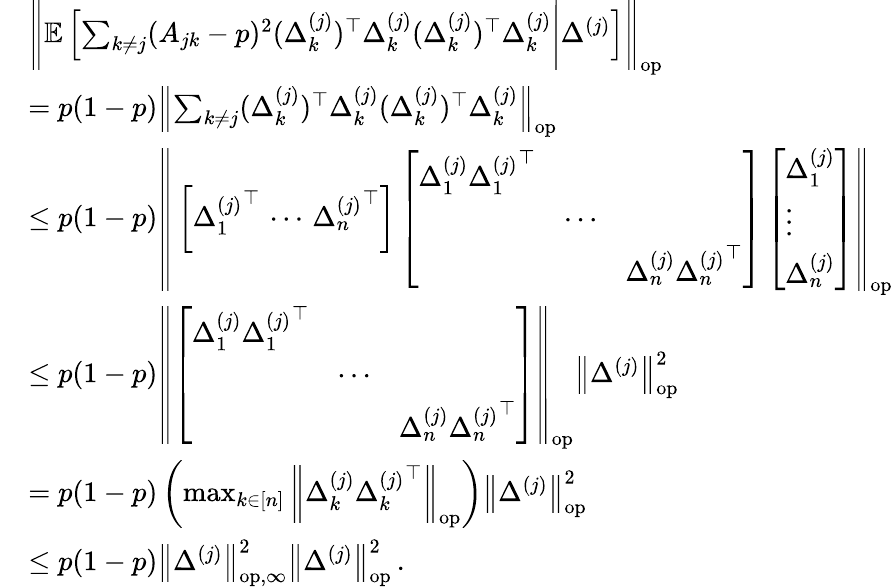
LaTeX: \begin{array}{rl}&{\left\| {\mathbb{E}\left[\sum_{k\neq j}(A_{jk}-p)^{2}(\Delta_{k}^{(j)})^{\top}\Delta_{k}^{(j)}(\Delta_{k}^{(j)})^{\top}\Delta_{k}^{(j)}\Bigg|\Delta^{(j)}\right]}\right\| _{\mathrm{op}}}\\ &{=p(1-p)\left\| {\sum_{k\neq j}(\Delta_{k}^{(j)})^{\top}\Delta_{k}^{(j)}(\Delta_{k}^{(j)})^{\top}\Delta_{k}^{(j)}}\right\| _{\mathrm{op}}}\\ &{\leq p(1-p)\left\| {\, \left[{\Delta_{1}^{(j)}}^{\top}\, \cdots\, {\Delta_{n}^{(j)}}^{\top}\right]\left[\begin{array}{lll}{{\Delta_{1}^{(j)}}{\Delta_{1}^{(j)}}^{\top}}&&\\ &{\cdots}&\\ &&{{\Delta_{n}^{(j)}}{\Delta_{n}^{(j)}}^{\top}}\end{array}\right]\left[\begin{array}{l}{\Delta_{1}^{(j)}}\\ {\vdots}\\ {\Delta_{n}^{(j)}}\end{array}\right]}\right\| _{\mathrm{op}}}\\ &{\leq p(1-p)\left\| {\left[\begin{array}{lll}{{\Delta_{1}^{(j)}}{\Delta_{1}^{(j)}}^{\top}}&&\\ &{\cdots}&\\ &&{{\Delta_{n}^{(j)}}{\Delta_{n}^{(j)}}^{\top}}\end{array}\right]}\right\| _{\mathrm{op}}\left\| {\Delta^{(j)}}\right\| _{\mathrm{op}}^{2}}\\ &{=p(1-p)\left(\operatorname*{max}_{k\in[n]}\left\| {\Delta_{k}^{(j)}{\Delta_{k}^{(j)}}^{\top}}\right\| _{\mathrm{op}}\right)\left\| {\Delta^{(j)}}\right\| _{\mathrm{op}}^{2}}\\ &{\leq p(1-p)\left\| {\Delta^{(j)}}\right\| _{\mathrm{op,\infty}}^{2}\left\| {\Delta^{(j)}}\right\| _{\mathrm{op}}^{2}\, .}\end{array}